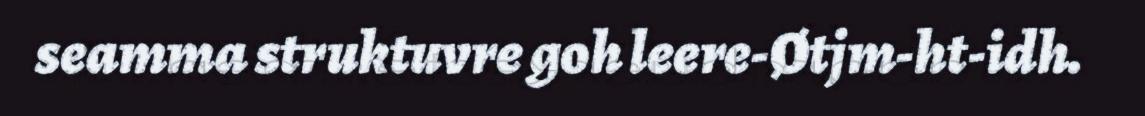
seamma struktuvre goh leere-Øtjm-ht-idh.